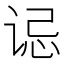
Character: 𫍪